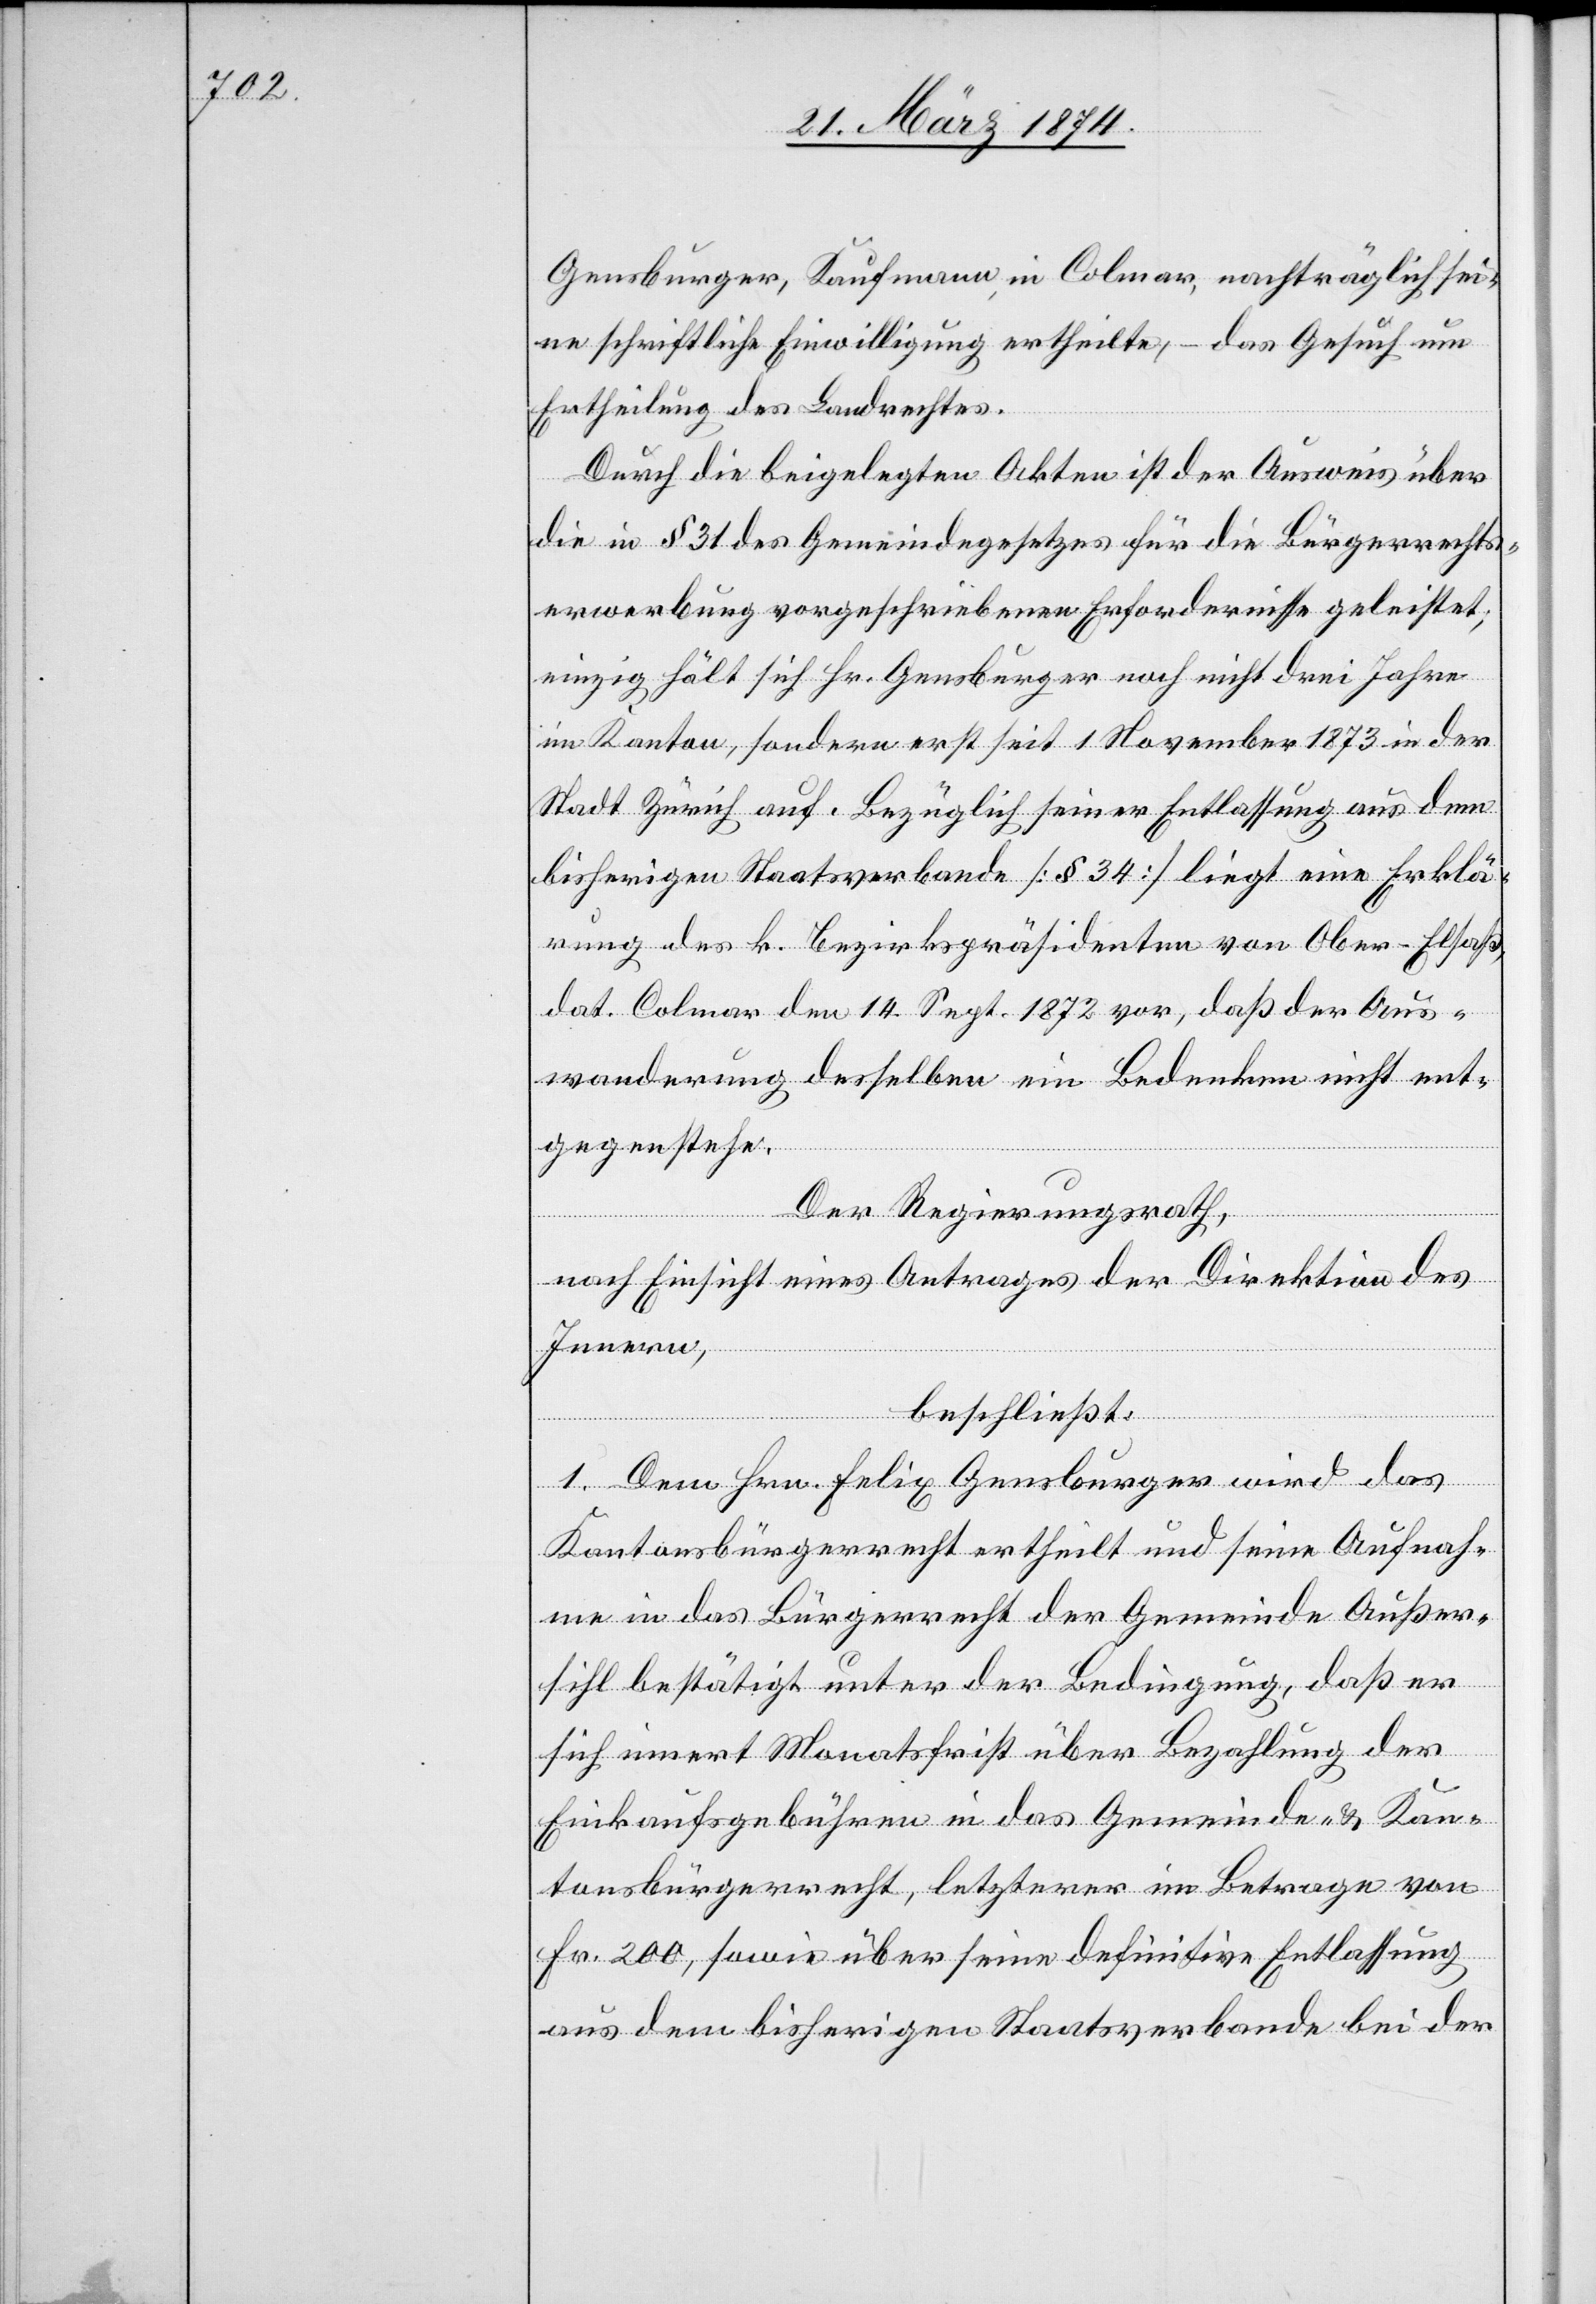
Gensburger, Kaufmann in Colmar, nachträglich sei¬
ne schriftliche Einwilligung ertheilte, – das Gesuch um
Ertheilung des Landrechtes.
Durch die beigelegten Akten ist der Ausweis über
die in § 31 des Gemeindegesetzes für die Bürgerrechts¬
erwerbung vorgeschriebene Erfordernisse geleistet;
einzig hält sich Hr. Gensburger noch nicht drei Jahre
im Kanton, sondern erst seit 1. November 1873 in der
Stadt Zürich auf. Bezüglich seiner Entlassung aus dem
bisherigen Staatsverbande [§ 34] liegt eine Erklä¬
rung des k. Bezirkspräsidenten von Ober-Elsaß,
dat. Colmar den 14. Sept. 1872 vor, daß der Aus¬
wanderung desselben ein Bedenken nicht ent¬
gegenstehe.
Der Regierungsrath,
nach Einsicht eines Antrages der Direktion des
Innern,
beschließt:
1. Dem Hrn. Felix Gensburger wird das
Kantonsbürgerrecht ertheilt und seine Aufnah¬
me in das Bürgerrecht der Gemeinde Außer¬
sihl bestätigt unter der Bedingung, daß er
sich innert Monatsfrist über Bezahlung der
Einkaufsgebühren in das Gemeinde- u. Kan¬
tonsbürgerrecht, letzterer im Betrage von
Fr. 200, sowie über seine definitive Entlassung
aus dem bisherigen Staatsverbande bei der